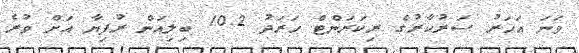
ވަނަ އަހަރު ސަރުކާރުގެ ރިކަރަންޓް ހަރަދު 10.2 ބިލިއަން ރުފިޔާ އަށް ވުރެ